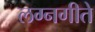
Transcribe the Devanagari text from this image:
लग्नगीते